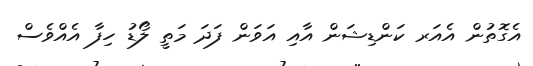
އެގޮތުން އެއަރ ކަންޑިޝަން އާއި އަވަން ފަދަ މަތީ ލޯޑު ހިފާ އެއްވެސް